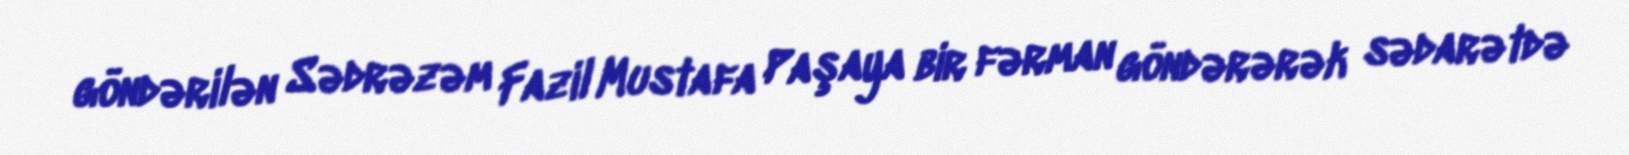
göndərilən Sədrəzəm Fazil Mustafa Paşaya bir fərman göndərərək sədarətdə